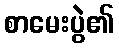
စာမေးပွဲ၏